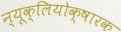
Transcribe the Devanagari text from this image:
न्यूक्लियोक्षारक